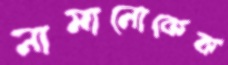
নামানোকেক